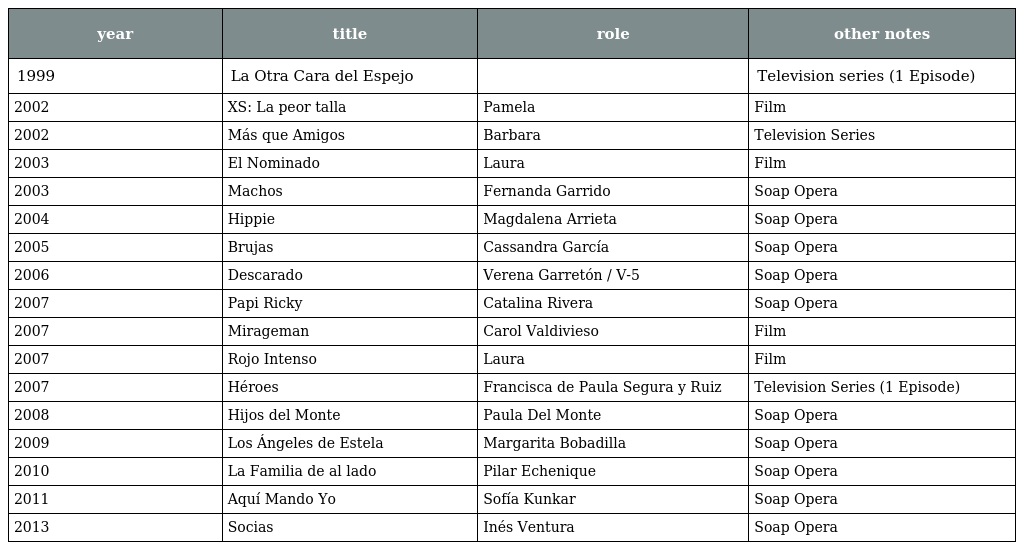
| year | title | role | other notes |
 | --- | --- | --- | --- |
 | 1999 | La Otra Cara del Espejo |  | Television series (1 Episode) |
 | 2002 | XS: La peor talla | Pamela | Film |
 | 2002 | Más que Amigos | Barbara | Television Series |
 | 2003 | El Nominado | Laura | Film |
 | 2003 | Machos | Fernanda Garrido | Soap Opera |
 | 2004 | Hippie | Magdalena Arrieta | Soap Opera |
 | 2005 | Brujas | Cassandra García | Soap Opera |
 | 2006 | Descarado | Verena Garretón / V-5 | Soap Opera |
 | 2007 | Papi Ricky | Catalina Rivera | Soap Opera |
 | 2007 | Mirageman | Carol Valdivieso | Film |
 | 2007 | Rojo Intenso | Laura | Film |
 | 2007 | Héroes | Francisca de Paula Segura y Ruiz | Television Series (1 Episode) |
 | 2008 | Hijos del Monte | Paula Del Monte | Soap Opera |
 | 2009 | Los Ángeles de Estela | Margarita Bobadilla | Soap Opera |
 | 2010 | La Familia de al lado | Pilar Echenique | Soap Opera |
 | 2011 | Aquí Mando Yo | Sofía Kunkar | Soap Opera |
 | 2013 | Socias | Inés Ventura | Soap Opera |